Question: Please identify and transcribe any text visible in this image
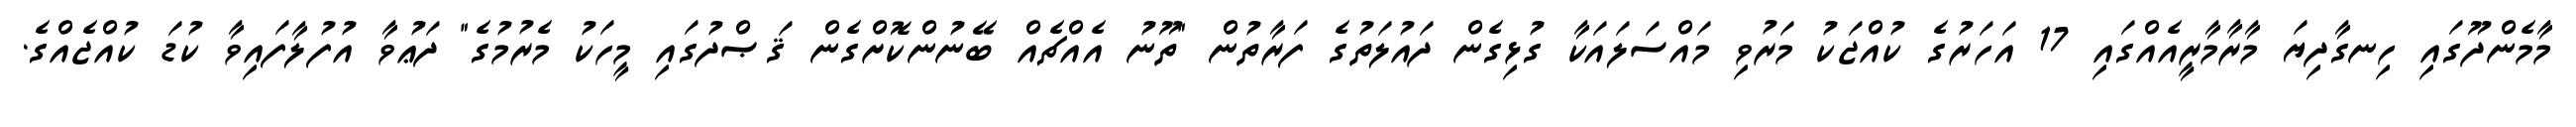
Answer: މާމެންދޫގައި ހިނގާދިޔަ މާރާމާރީއެއްގައި 17 އަހަރުގެ ކުއްޖަކު މަރުވި މައްސަލައަކާ ގުޅިގެން ދައުލަތުގެ ފަރާތުން "ތޫނު އެއްޗެއް ބޭނުންކޮށްގެން ޤަޞްދުގައި މީހަކު މެރުމުގެ" ދަޢުވާ އުފުލާފައިވާ ކުޑަ ކުއްޖެއްގެ.